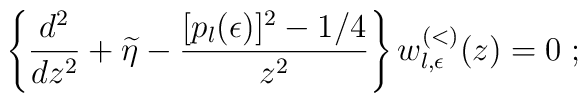
\left\{\frac{d^{2}}{dz^{2}} +\widetilde{\eta}- \frac{ [p_{l}(\epsilon)]^{2} - 1/4 }{z^{2}}\right\}w^{(<)}_{l,\epsilon}(z)=0\;  ;